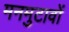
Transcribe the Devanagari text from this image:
मनमुटावों